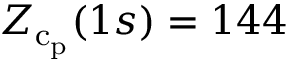
Z _ { \mathrm { c } _ { \mathrm { p } } } ( 1 s ) = 1 4 4